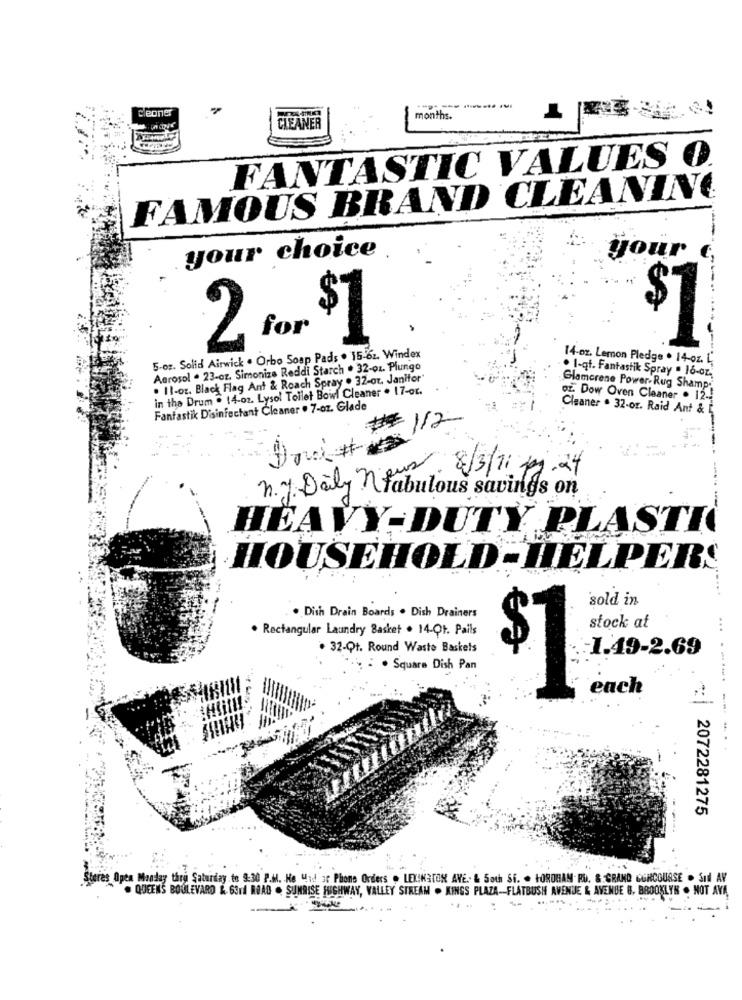
cleoner
months.
CLEANER
FANTASTIC VALUES 0.
FAMOUS BRAND CLEANING
your choice
your
2 for $1
5-oz. Solid Airwick . Orbo Soap Pads . 15-62. Windex
14-oz. Lemon Pledge . 14-oz. [.
Aerosol . 23-oz. Simoniza Reddi Starch . 32-oz. Plungo
. I-qf. Fantastik Spray . 16-oz,
. 11-oz. Black Flag Ant & Roach Spray . 32-or. Janifor
in the Drum . 14-oz. Lysol Toilet Bowl Cleaner . 17-ot.
Glamorene Power. Rug Shamp-
Of. Dow Oven Cleaner . 12 .!
Fantastik Disinfectant Cleaner . 7-oz. Glade
Cleaner . 32-or. Raid Ant & E
#
1/2
Doud # 2
8/3/11.09.24
n.y. Daily fabulous savings on
--
HEAVY-DUTY PLASTI
HOUSEHOLD-HELPERS
sold in
. Dish Drain Boards . Dish Drainers
. Rectangular Laundry Basket . 14-Qt. Pails
stock at
. 32-Qt. Round Waste Baskets
: : . Square Dish Pan
each
........----
2072281275
Steres Open Monday thru Saturday to 9:30 P.M. He Mad at Phone Orders . LEXINGTON AVE. & Soch Si. . LOROHAM RU. &. GRAND GURCOUSSE . SIdl AV
. QUEENS BOULEVARD & 63rd ROAD . SUNRISE HIGHWAY, VALLEY STREAM . KINGS PLAZA-FLATBUSH AVENUE & AVENUE B. BROOKLYN . NOT AVA,